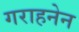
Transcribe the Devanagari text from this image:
गराहनेन